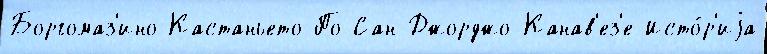
Боргомаз'ино Кастаньето-По Сан-Джорджо-Канав'ез'е Исто́р'иjа